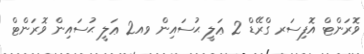
ވޮރަންޓް އޮފިސަރ ގްރޭޑް 2 ޢަލީ ޙުސައިން ވއ2 ޢަލީ ޙުސައިން ވޮރަންޓް